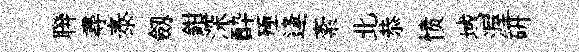
聨尋泰劔鉗深酔殛逢紊北恭愤域渥研